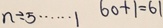
b \div 5 \cdots 1 6 0 + 1 = 6 1